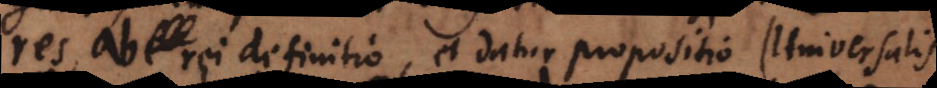
res, ab rei definitio, et datur propositio (Universalis